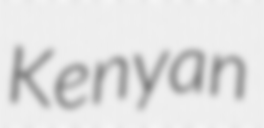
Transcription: Kenyan